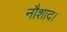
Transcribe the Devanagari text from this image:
नौशाद।